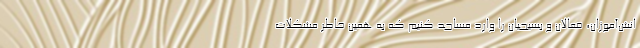
انش‌آموزان، فعالان و بسیجیان را وارد مساجد کنیم که به همین خاطر مشکلات